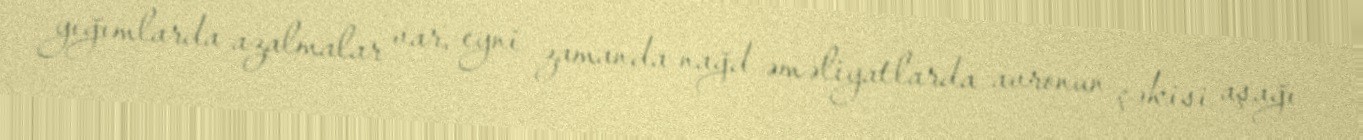
yığımlarda azalmalar var, eyni zamanda nağd əməliyatlarda avronun çəkisi aşağı